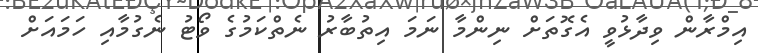
އިމްރާން ވިދާޅުވީ އެގޮތަށް ނިންމާ ނަމަ އިތުބާރު ނެތްކަމުގެ ވޯޓު ނެގުމާއި ހަމައަށް